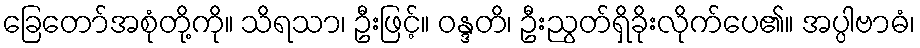
ခြေတော်အစုံတို့ကို။ သိရသာ၊ ဦးဖြင့်။ ဝန္ဒတိ၊ ဦးညွတ်ရှိခိုးလိုက်ပေ၏။ အပ္ပါဗာဓံ၊